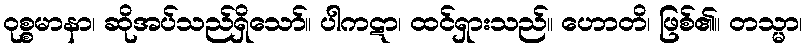
ဝုစ္စမာနာ၊ ဆိုအပ်သည်ရှိသော်။ ပါကဋာ၊ ထင်ရှားသည်။ ဟောတိ၊ ဖြစ်၏။ တသ္မာ၊